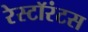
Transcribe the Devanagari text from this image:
रेस्टॉरंटस